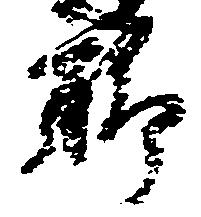
聊